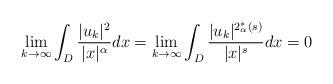
LaTeX: \begin{align*}\lim\limits_{k \to \infty} \int_{D} \frac{|u_k|^2}{|x|^\alpha} dx =\lim\limits_{k \to \infty} \int_{D} \frac{|u_k|^{2_{\alpha}^*(s)}}{|x|^{s}} dx =0\end{align*}